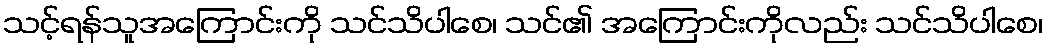
သင့်ရန်သူအကြောင်းကို သင်သိပါစေ၊ သင်၏ အကြောင်းကိုလည်း သင်သိပါစေ၊